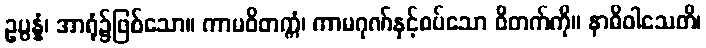
ဥပ္ပန္နံ၊ အာရုံ၌ဖြစ်သော။ ကာမဝိတက္ကံ၊ ကာမဂုဏ်နှင့်စပ်သော ဝိတက်ကို။ နာဓိဝါသေတိ၊